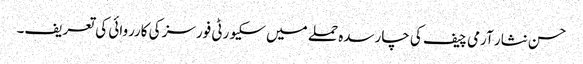
حسن نثار آرمی چیف کی چارسدہ حملے میں سکیورٹی فورسز کی کارروائی کی تعریف۔